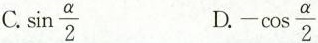
C.\sin \frac{\alpha}{2} D.-\cos \frac{\alpha}{2}